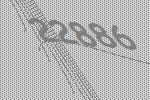
22886